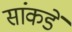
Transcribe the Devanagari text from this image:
सांकडें